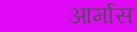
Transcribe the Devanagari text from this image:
आर्मास